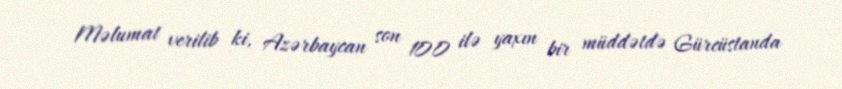
Məlumat verilib ki, Azərbaycan son 100 ilə yaxın bir müddətdə Gürcüstanda